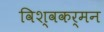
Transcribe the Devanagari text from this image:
विश्वकर्मन